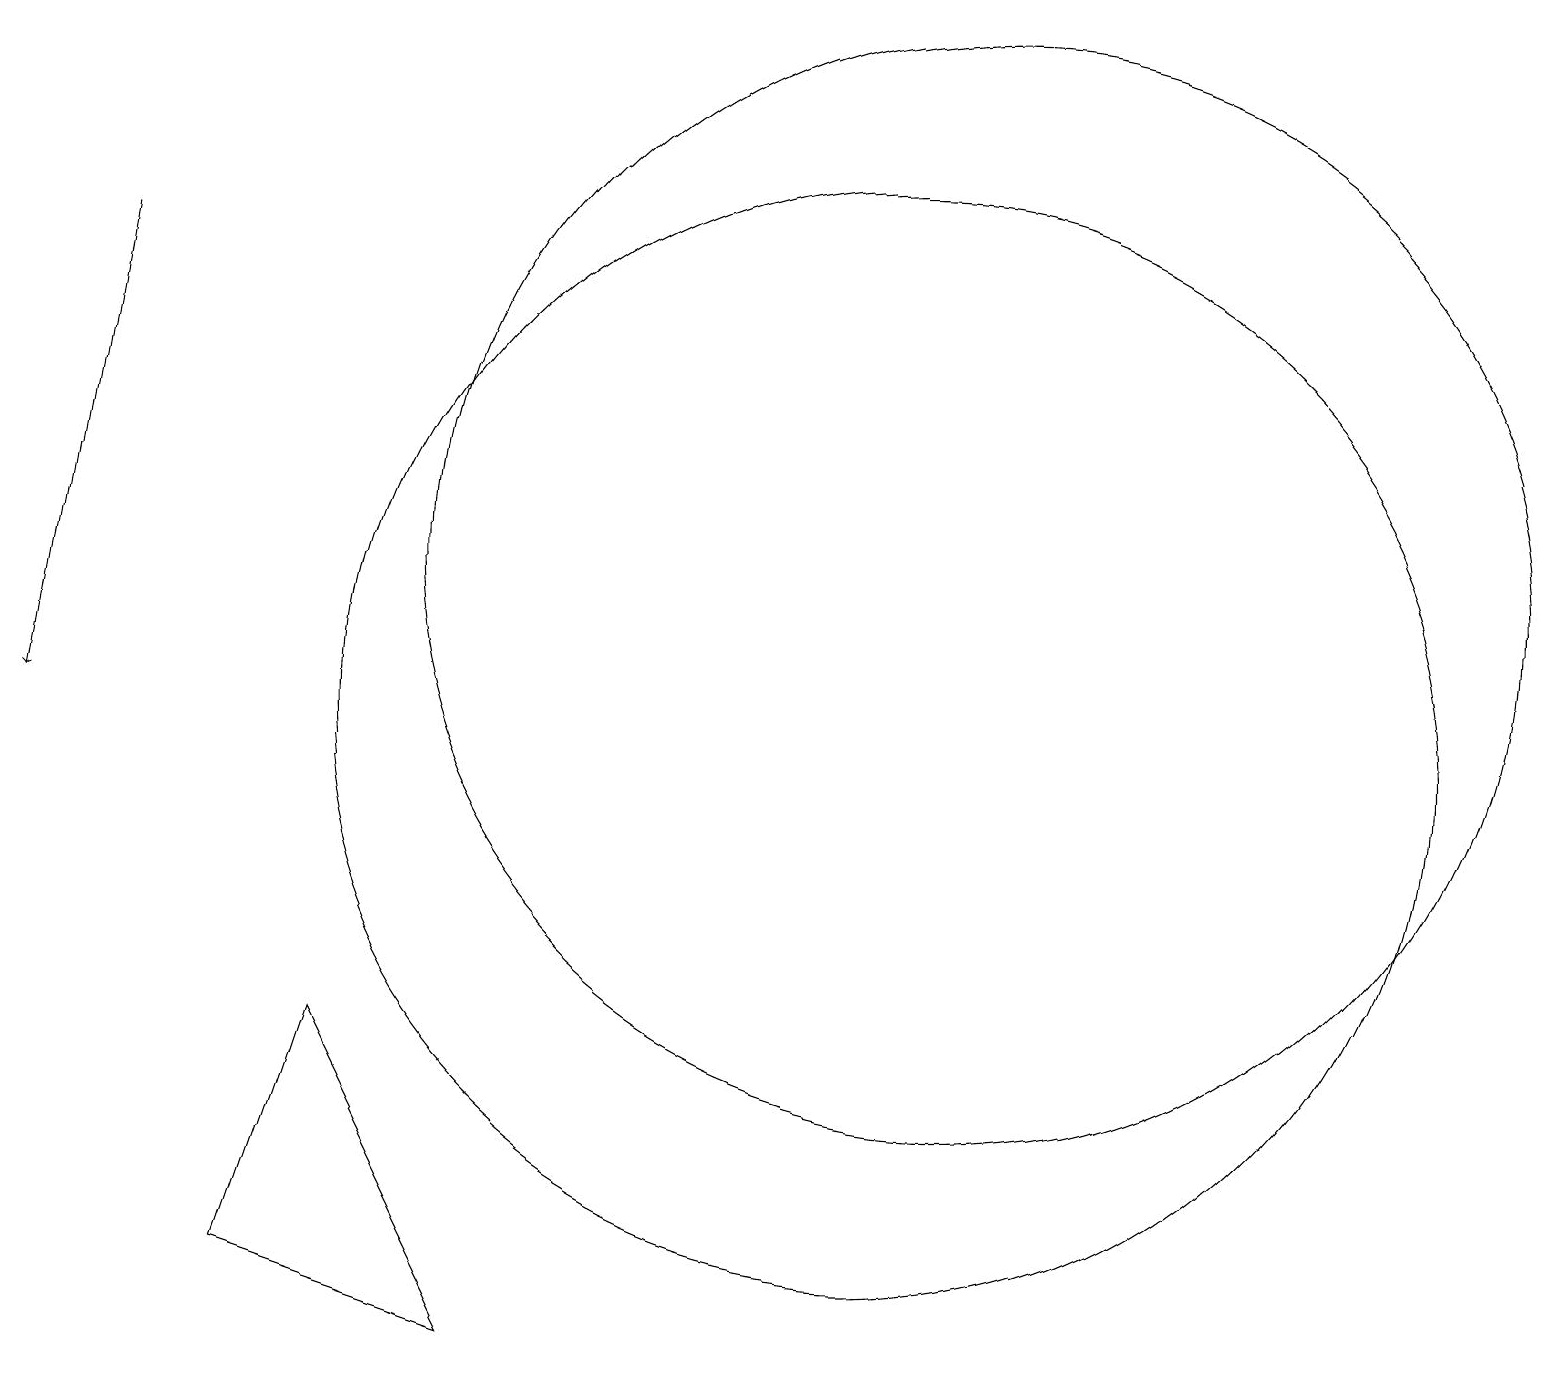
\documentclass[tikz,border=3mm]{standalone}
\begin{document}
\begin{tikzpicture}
\draw (3,3) -- (6,2) -- (4,6) -- cycle;
\draw (12,12) circle (7);
\draw (11,10) circle (7);
\draw[->] (1,16) -- (0,10);
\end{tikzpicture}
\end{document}